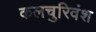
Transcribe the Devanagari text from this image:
कलचुरिवंश